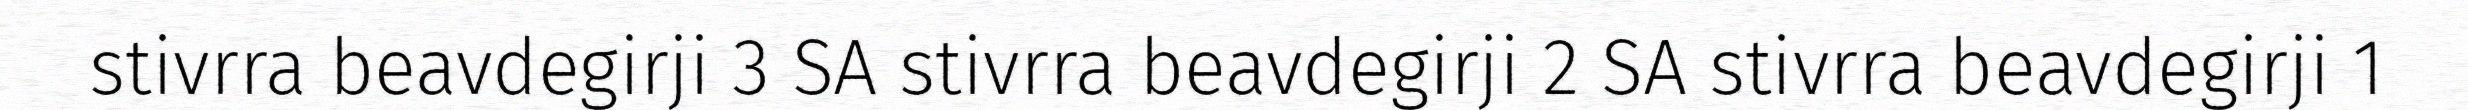
stivrra beavdegirji 3 SA stivrra beavdegirji 2 SA stivrra beavdegirji 1